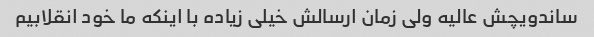
ساندویچش عالیه ولی زمان ارسالش خیلی زیاده با اینکه ما خود انقلابیم